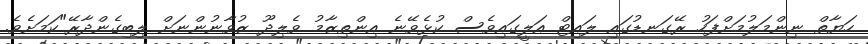
ހަޔާތް ނިންމަލުމަށްފަހު ރޭގަނޑުގައި ލައިޓް އަލީގައިވެސް ކުޅެވޭނެ އިންތިޒާމު ވެލިދޫ ޒުވާނުންނަށް ލިބިގެންދާރޭ"ކަމަށެވެ.